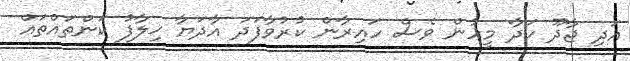
އަދި ޖާދޫ ހަދާ މީހުން ވެސް ހައިރާން ކުރުވާފަދަ އާދަޔާ ޚިލާފު ކަންތައްތައް